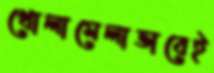
খোলামেলাভাবেই